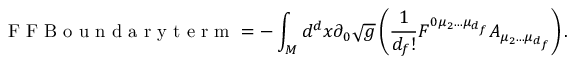
\textnormal { F F B o u n d a r y t e r m } = - \int _ { \cal M } d ^ { d } x \partial _ { 0 } \sqrt g \left( \frac { 1 } { d _ { f } ! } F ^ { 0 \mu _ { 2 } . . . \mu _ { d _ { f } } } A _ { \mu _ { 2 } . . . \mu _ { d _ { f } } } \right) .